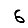
Digit: 6